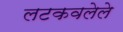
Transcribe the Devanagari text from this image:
लटकवलेले